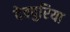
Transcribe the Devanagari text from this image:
देवपुरिया